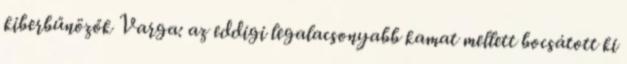
kiberbűnözők Varga: az eddigi legalacsonyabb kamat mellett bocsátott ki